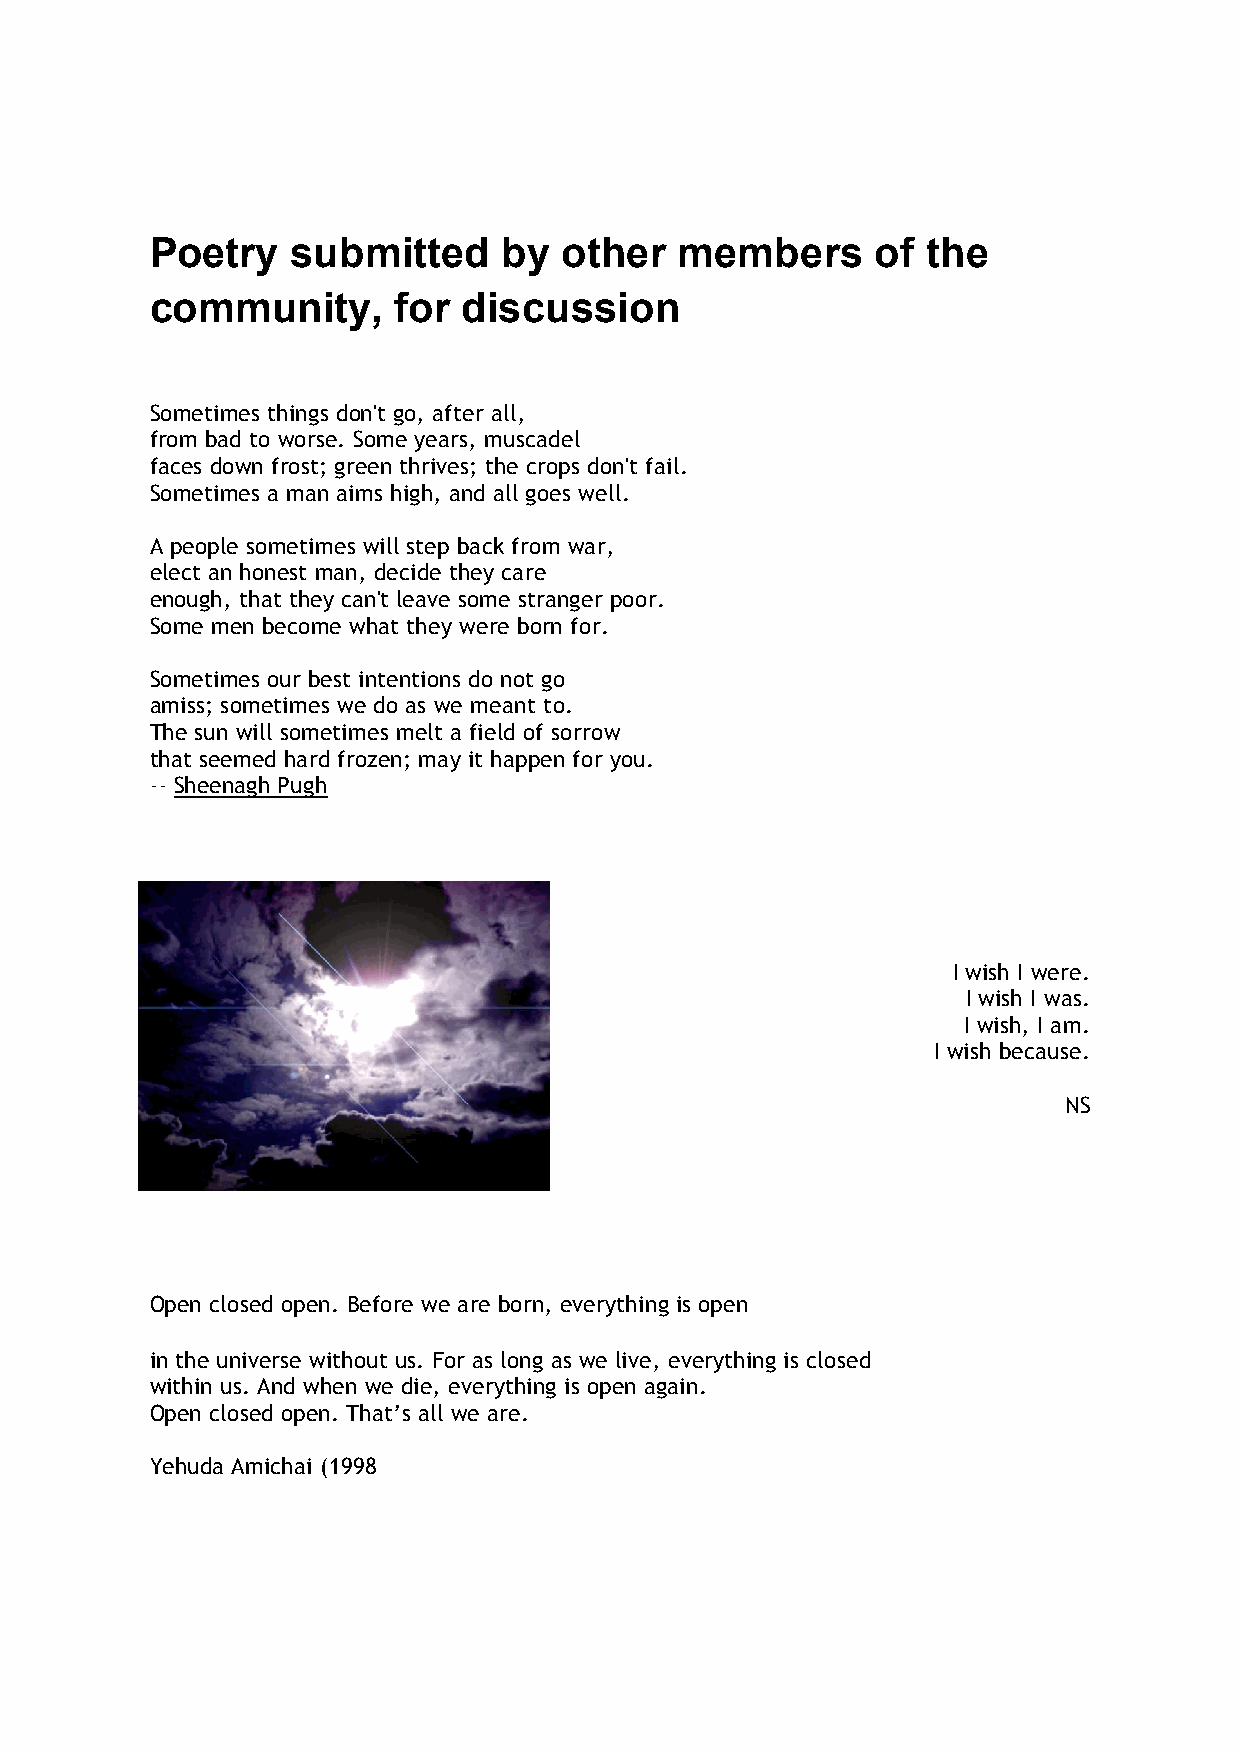
Poetry   submitted     by  other   members      of the
 community,      for  discussion
 Sometimes things don't go, after all,
 from bad to worse. Some years, muscadel
 faces down frost; green thrives; the crops don't fail.
 Sometimes a man aims high, and all goes well.
 A people sometimes will step back from war,
 elect an honest man, decide they care
 enough, that they can't leave some stranger poor.
 Some men become what they were born for.
 Sometimes our best intentions do not go
 amiss; sometimes we do as we meant to.
 The sun will sometimes melt a field of sorrow
 that seemed hard frozen; may it happen for you.
 -- Sheenagh Pugh
 I wish I were.
 I wish I was.
 I wish, I am.
 I wish because.
 NS
 Open closed open. Before we are born, everything is open
 in the universe without us. For as long as we live, everything is closed
 within us. And when we die, everything is open again.
 Open closed open. That’s all we are.
 Yehuda Amichai (1998